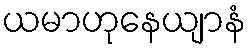
ယမာဟုနေယျာနံ